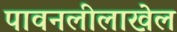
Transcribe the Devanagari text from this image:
पावनलीलाखेल